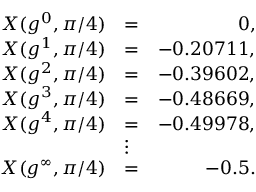
\begin{array} { r l r } { X ( g ^ { 0 } , \pi / 4 ) } & { = } & { 0 , } \\ { X ( g ^ { 1 } , \pi / 4 ) } & { = } & { - 0 . 2 0 7 1 1 , } \\ { X ( g ^ { 2 } , \pi / 4 ) } & { = } & { - 0 . 3 9 6 0 2 , } \\ { X ( g ^ { 3 } , \pi / 4 ) } & { = } & { - 0 . 4 8 6 6 9 , } \\ { X ( g ^ { 4 } , \pi / 4 ) } & { = } & { - 0 . 4 9 9 7 8 , } \\ & { \vdots } & \\ { X ( g ^ { \infty } , \pi / 4 ) } & { = } & { - 0 . 5 . } \end{array}